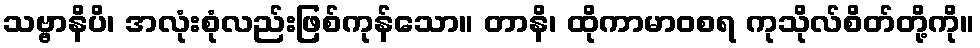
သဗ္ဗာနိပိ၊ အလုံးစုံလည်းဖြစ်ကုန်သော။ တာနိ၊ ထိုကာမာဝစရ ကုသိုလ်စိတ်တို့ကို။